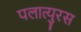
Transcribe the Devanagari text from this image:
पलात्युरस